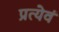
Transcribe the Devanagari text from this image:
प्रत्येवं